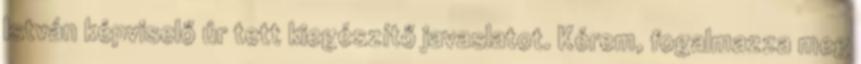
István képviselő úr tett kiegészítő javaslatot. Kérem, fogalmazza meg